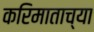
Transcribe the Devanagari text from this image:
करिमाताच्या